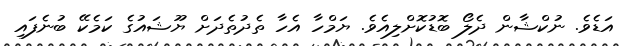
އަޑެވެ. ނުކްޝާން ދެލޯ ބޮޑުކޮށްލިއެވެ. ޔަމްހާ އެހާ ތެދުތެދަށް ޔޫޝައުގެ ކަމެކޭ ބުނެފައި